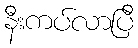
နီးကပ်လာပြီ